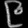
Digit: ၉